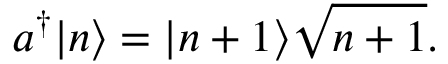
a ^ { \dagger } | n \rangle = | n + 1 \rangle { \sqrt { n + 1 } } .